Annual report on the Civil Veterinary Department, Burma (including the Insein Veterinary School) - 1923-1931
Year: 1923
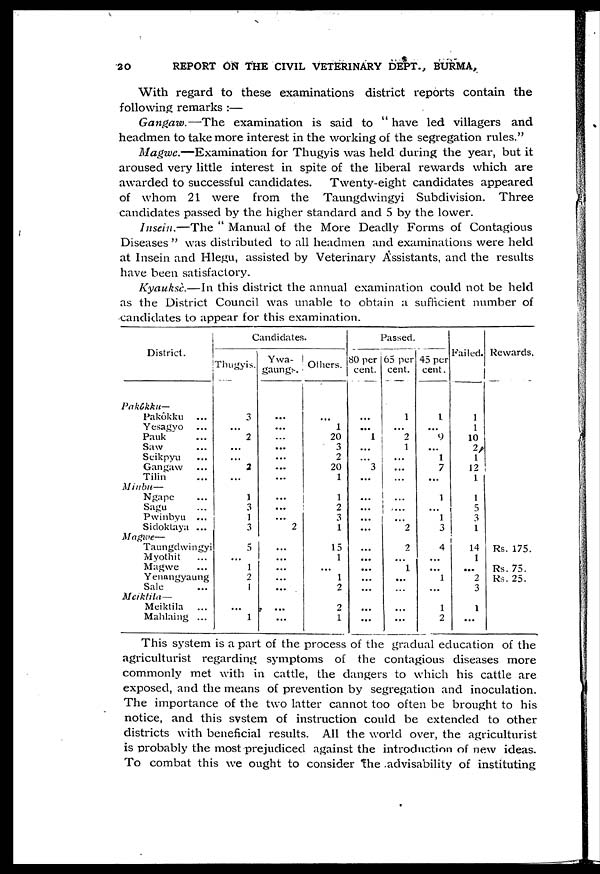
30
REPORT ON THE CIVIL VETERINARY DEPT., BURMA,
With regard to these examinations district reports contain the
following remarks :—
Gangaw.—The
examination is said to " have led villagers and
headmen to take more interest in the working of the segregation rules."
Magwe.—Examination
for Thugyis was held during the year, but it
aroused very little interest in spite of the liberal rewards which are
awarded to successful candidates.
Twenty-eight candidates appeared
of whom 21 were from the Taungdwingyi Subdivision. Three
candidates passed by the higher standard and 5 by the lower.
Insein.—The
" Manual of the More Deadly Forms of Contagious
Diseases " was distributed to all headmen and examinations were held
at Insein and Hlegu, assisted by Veterinary Assistants, and the results
have been satisfactory.
Kyauksè.—In this district the annual examination could not be held
as the District Council was unable to obtain a sufficient number of
candidates to appear for this examination.
District.
Pakôkku-
Pakôkku ...
Yesagyo ...
Pauk ...
Saw ...
Seikpyu ...
Gangaw ...
Tilin ...
Minbu—
Ngape ...
Sagu ...
Pwinbyu ...
Sidoktaya ...
Magwe—
Taungdwingyi
Myothit ...
Magwe ...
Yenangyaung
Sale ...
Meiktila—
Meiktila ...
Mahlaing ...
Candidates.
Thugyis.
3
...
2
...
...
2
...
1
3
1
3
5
...
1
2
1
...
1
Ywa-
gaungs.
...
...
...
...
...
...
...
...
...
... 2
...
...
...
...
...
...
...
Others.
...
1
20
3
2
20
1
1
2
3
1
15
1
...
1
2
2
1
Passed.
80 per
cent.
...
...
1
...
"3
...
...
...
...
...
...
...
...
...
...
...
...
65 per
cent.
1
...
2
1
...
...
...
...
...
...
2
2
...
1
...
...
...
...
45 per
cent.
1
...
9
...
1
7
...
1
...
1
3
4
...
...
1
...
1
2
Failed.
1
1
10
2
1
12
1
1
5
3
1
14
1
...
2
3
1
...
Rewards.
Rs. 175.
Rs. 75.
Rs. 25.
This system is a part of the process of the gradual education of the
agriculturist regarding symptoms of the contagious diseases more
commonly met with in cattle, the clangers to which his cattle are
exposed, and the means of prevention by segregation and inoculation.
The importance of the two latter cannot too often be brought to his
notice, and this system of instruction could be extended to other
districts with beneficial results. All the world over, the agriculturist
is probably the most prejudiced against the introduction of new ideas.
To combat this we ought to consider the advisability of instituting